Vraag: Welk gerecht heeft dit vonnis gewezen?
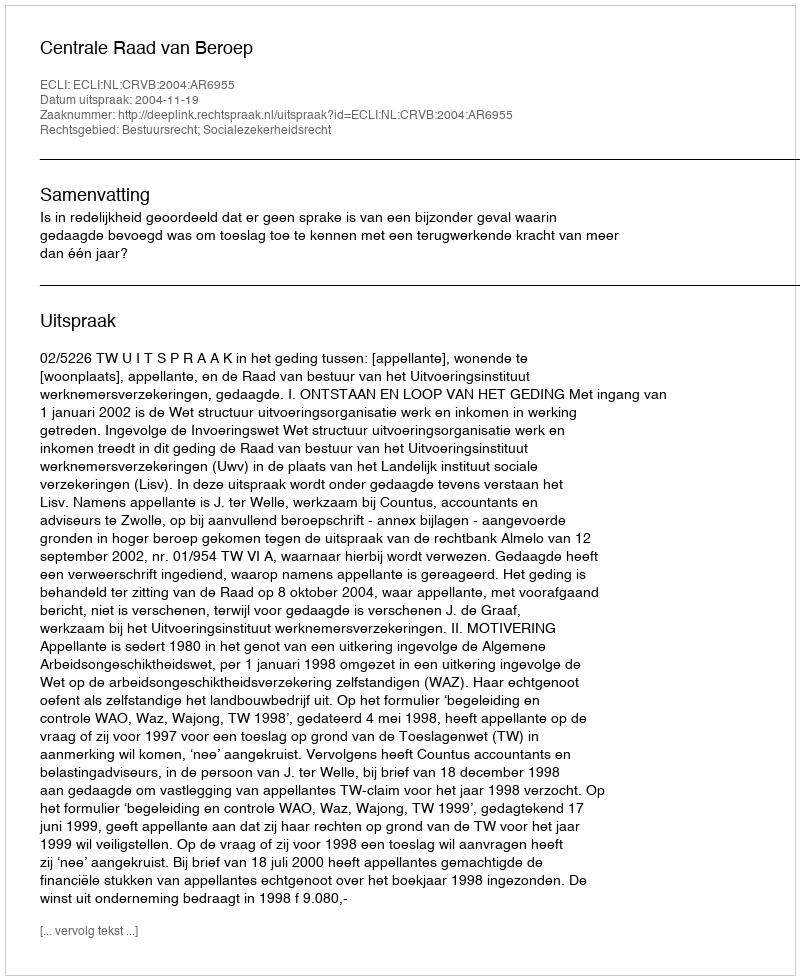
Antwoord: Centrale Raad van Beroep